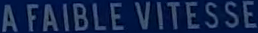
AFAIBLEVITESSE